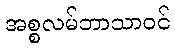
အစ္စလမ်ဘာသာဝင်